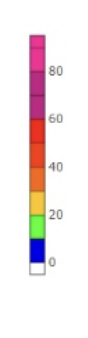
Blue: 0 to 10
Green: 10 to 20
Yellow: 20 to 30
Orange: 30 to 40
Dark Orange: 40 to 50
Red: 50 to 60
Magenta: 60 to 80
Pink: 80 to 95